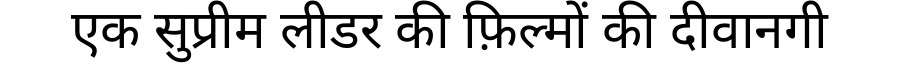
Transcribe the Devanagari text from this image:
एक सुप्रीम लीडर की फ़िल्मों की दीवानगी